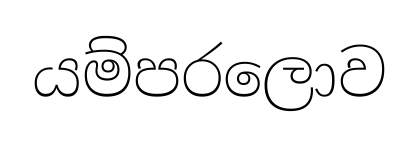
යම්පරලොව